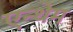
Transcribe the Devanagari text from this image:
एन्थेम